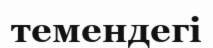
темендегі